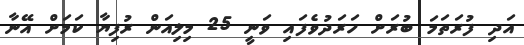
އަދި ފުރަތަމަ ބުރަށް ހަރަދުވެފައި ވަނީ 25 މިލިއަން ރުފިޔާ ކަމަށް އޭނާ